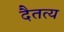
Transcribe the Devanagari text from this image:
दैतत्य